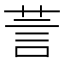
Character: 䓂